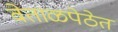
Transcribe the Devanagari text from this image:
वेताळपेठेत